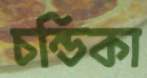
চন্ডিকা